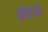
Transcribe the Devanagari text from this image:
झोडपतो